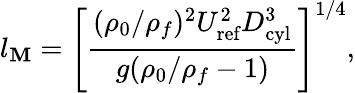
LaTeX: l_{\mathbf{M}}=\left[\frac{{(\rho_{0}/\rho_{f})^{2}U_{\textrm{{ref}}}^{2}D_{\textrm{{cyl}}}^{3}}}{{g(\rho_{0}/\rho_{f}-1)}}\right]^{1/4},